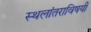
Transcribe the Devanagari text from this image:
स्थलांतराविषयी